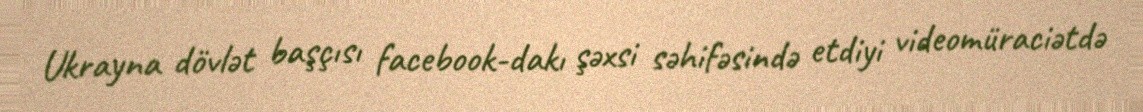
Ukrayna dövlət başçısı facebook-dakı şəxsi səhifəsində etdiyi videomüraciətdə